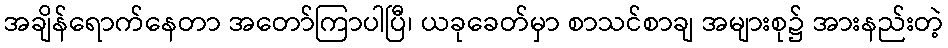
အချိန်ရောက်နေတာ အတော်ကြာပါပြီ၊ ယခုခေတ်မှာ စာသင်စာချ အများစု၌ အားနည်းတဲ့